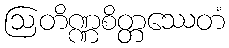
ဩတိဏ္ဏစိတ္တဿေတံ